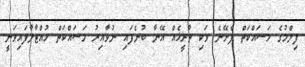
ފިލްމުގެ މަސައްކަތް ފެށޭނެ ވަކި ތާރީޚެއް އޭނާ ބުނެފައި ނުވާއިރު މަސައްކަތް ހުއްޓާލާފައިވަނީ